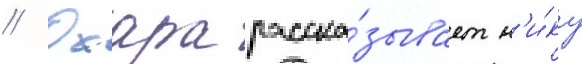
// Охара расска́зывает н'и́ку